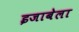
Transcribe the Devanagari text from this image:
इजाबेला